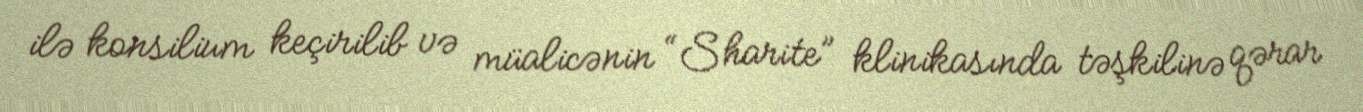
ilə konsilium keçirilib və müalicənin “Sharite” klinikasında təşkilinə qərar